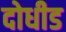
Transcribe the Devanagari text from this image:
दोधीड